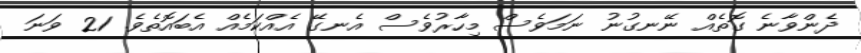
ދެންވާނެ ގޮތެއް ނޭނގުނު ނަމަވެސް މިހާރުވެސް އެނގޭ އެއްކަމެއް އެބައޮތެވެ. 21 ވަނަ